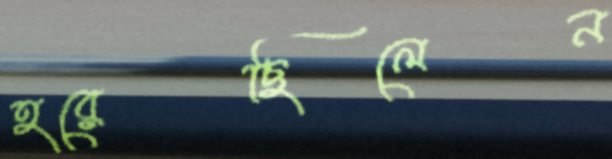
হরেছিলেন